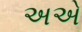
અએ